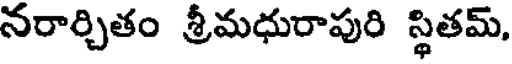
నరార్చితం శ్రీమధురాపురి స్థితమ్,